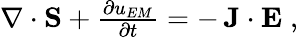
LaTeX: \begin{array}{r}{\nabla\cdot{\mathbf S}+\frac{\partial u_{EM}}{\partial t}=-\, {\mathbf J}\cdot{\mathbf E}\; ,}\end{array}